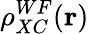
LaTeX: \rho_{XC}^{WF}(\mathbf{r})